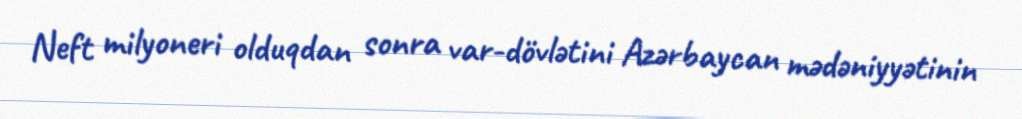
Neft milyoneri olduqdan sonra var-dövlətini Azərbaycan mədəniyyətinin